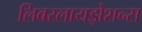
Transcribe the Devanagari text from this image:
लिबरलायझेशन्स